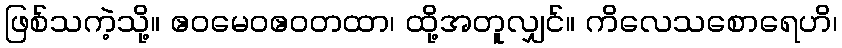
ဖြစ်သကဲ့သို့။ ဧဝမေဝဧဝတထာ၊ ထို့အတူလျှင်။ ကိလေသစောရေဟိ၊